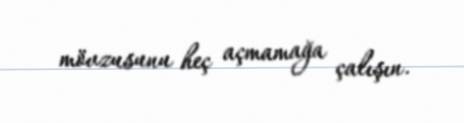
mövzusunu heç açmamağa çalışın.